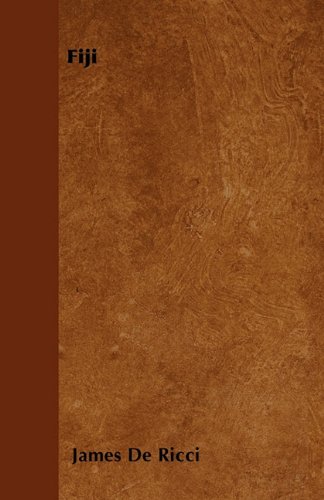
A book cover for Fiji; James De Ricci; History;